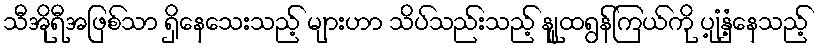
သီအိုရီအဖြစ်သာ ရှိနေသေးသည့် များဟာ သိပ်သည်းသည့် နျူထရွန်ကြယ်ကို ပျံ့နှံ့နေသည့်